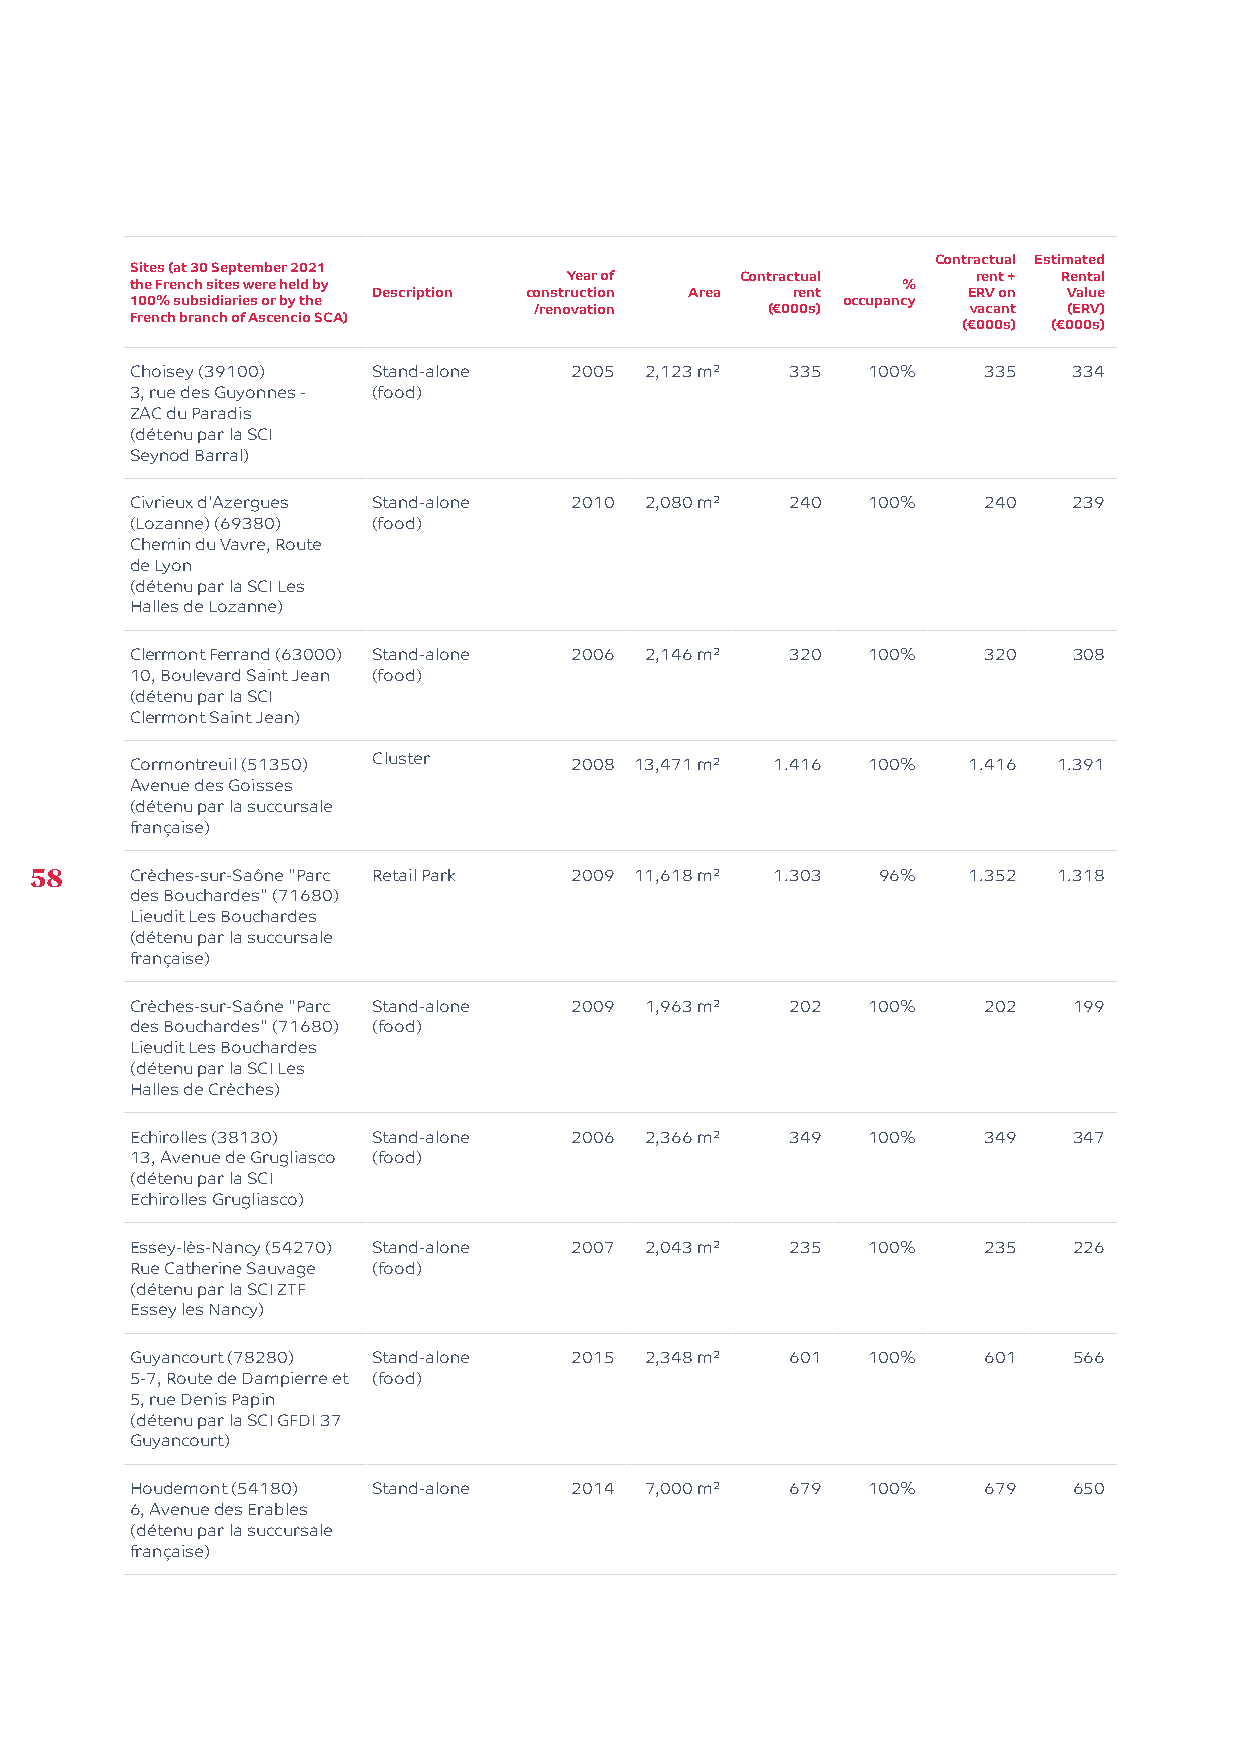
Contractual Estimated
 Sites (at 30 September 2021
 Year of    Contractual     rent + Rental
 the French sites were held by                      %
 Description construction Area rent     ERV on Value
 100% subsidiaries or by the                    occupancy
 /renovation     (€000s)      vacant (ERV)
 French branch of Ascencio SCA)
 (€000s) (€000s)
 Choisey (39100) Stand-alone  2005 2,123 m² 335  100%    335   334
 3, rue des Guyonnes - (food)
 ZAC du Paradis
 (détenu par la SCI
 Seynod Barral)
 Civrieux d'Azergues Stand-alone 2010 2,080 m² 240 100%  240   239
 (Lozanne) (69380) (food)
 Chemin du Vavre, Route
 de Lyon
 (détenu par la SCI Les
 Halles de Lozanne)
 Clermont Ferrand (63000) Stand-alone 2006 2,146 m² 320 100% 320 308
 10, Boulevard Saint Jean (food)
 (détenu par la SCI
 Clermont Saint Jean)
 Cormontreuil (51350) Cluster 2008 13,471 m² 1.416 100% 1.416 1.391
 Avenue des Goisses
 (détenu par la succursale
 française)
 58     Crèches-sur-Saône "Parc Retail Park 2009 11,618 m² 1.303 96% 1.352 1.318
 des Bouchardes" (71680)
 Lieudit Les Bouchardes
 (détenu par la succursale
 française)
 Crèches-sur-Saône "Parc Stand-alone 2009 1,963 m² 202 100% 202 199
 des Bouchardes" (71680) (food)
 Lieudit Les Bouchardes
 (détenu par la SCI Les
 Halles de Crèches)
 Echirolles (38130) Stand-alone 2006 2,366 m² 349 100%   349   347
 13, Avenue de Grugliasco (food)
 (détenu par la SCI
 Echirolles Grugliasco)
 Essey-lès-Nancy (54270) Stand-alone 2007 2,043 m² 235 100% 235 226
 Rue Catherine Sauvage (food)
 (détenu par la SCI ZTF
 Essey les Nancy)
 Guyancourt (78280) Stand-alone 2015 2,348 m² 601 100%   601   566
 5-7, Route de Dampierre et (food)
 5, rue Denis Papin
 (détenu par la SCI GFDI 37
 Guyancourt)
 Houdemont (54180) Stand-alone 2014 7,000 m² 679 100%    679   650
 6, Avenue des Erables
 (détenu par la succursale
 française)